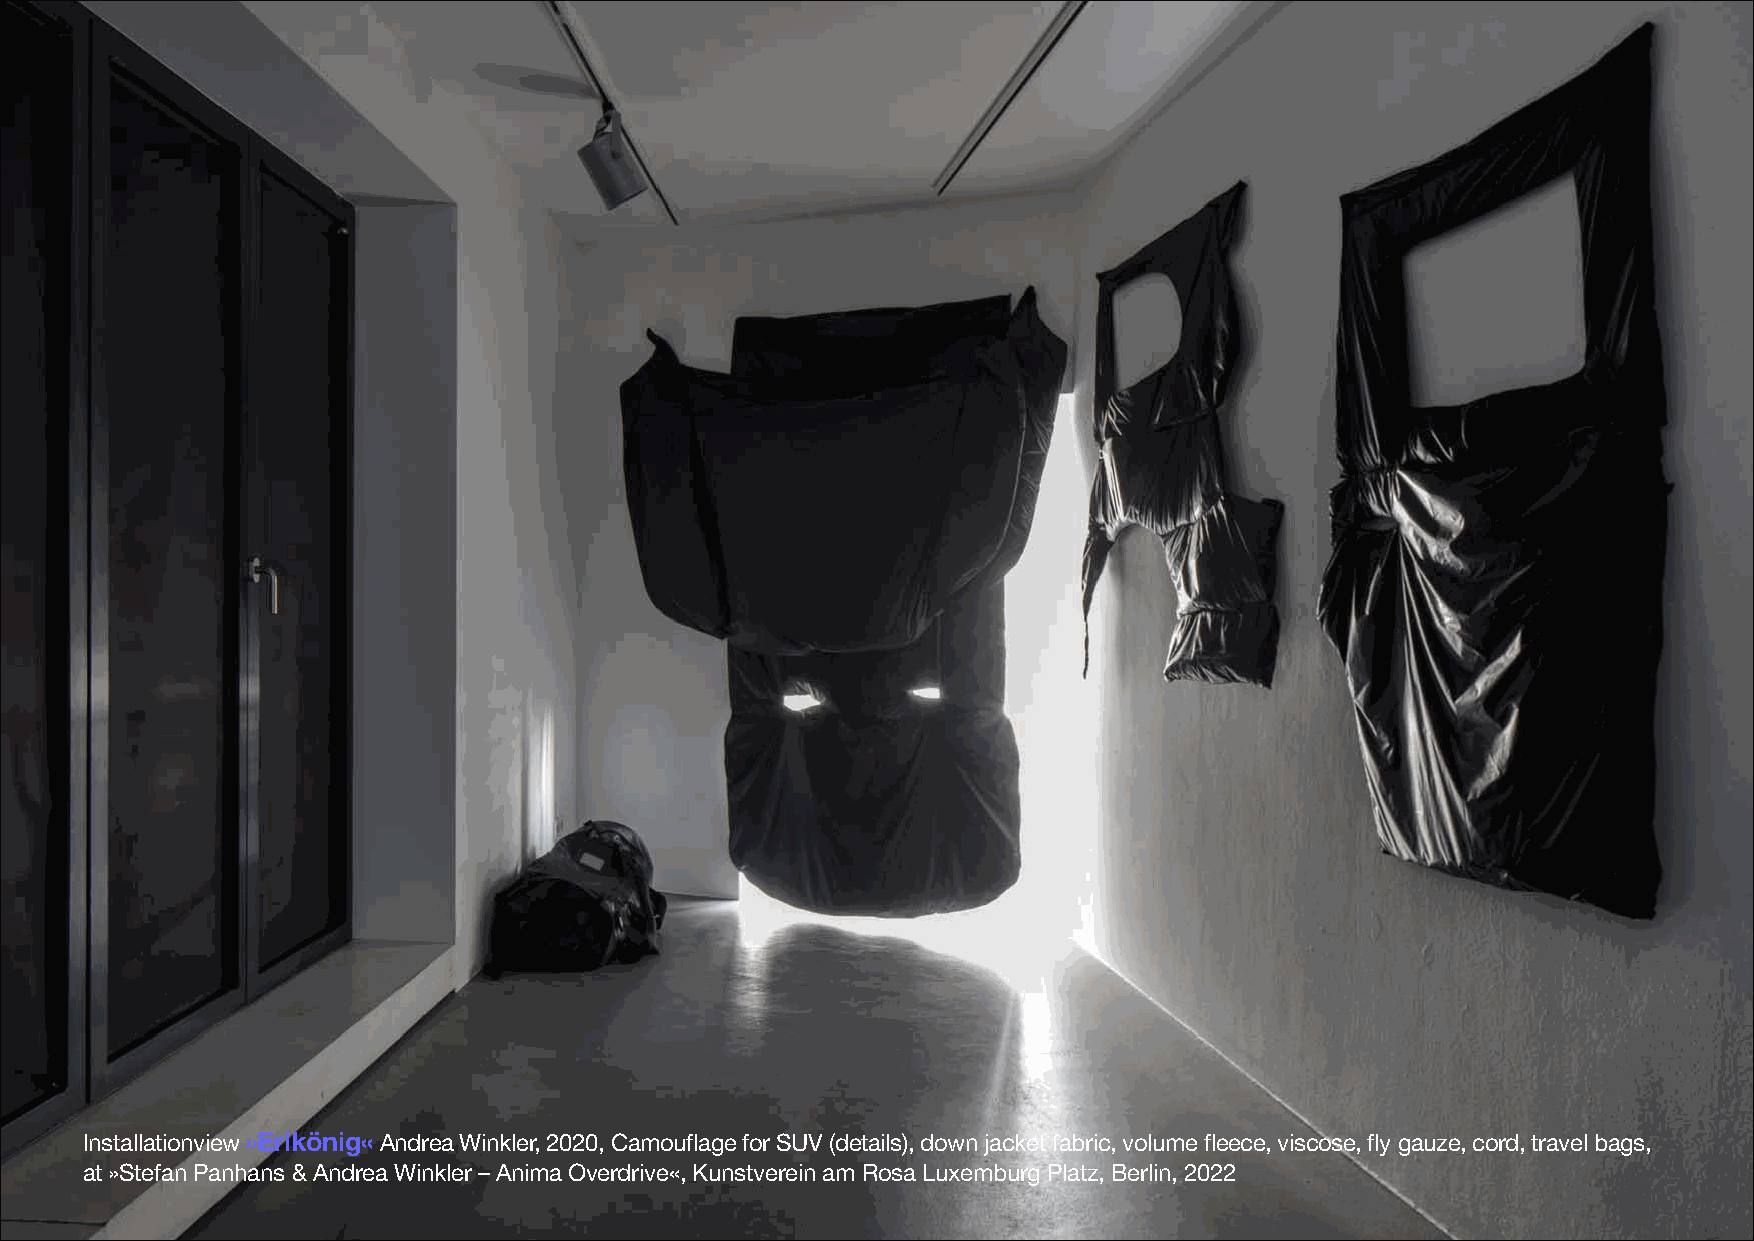
Installationview »Erlkönig« Andrea Winkler, 2020, Camouflage for SUV (details), down jacket fabric, volume fleece, viscose, fly gauze, cord, travel bags,
 at »Stefan Panhans & Andrea Winkler –Anima Overdrive«, Kunstverein am Rosa Luxemburg Platz, Berlin, 2022